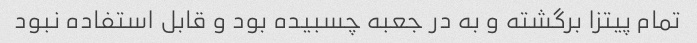
تمام پیتزا برگشته و به در جعبه چسبیده بود و قابل استفاده نبود